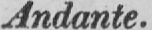
Andante.